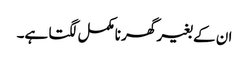
ان کے بغیر گھر نامکمل لگتا ہے۔